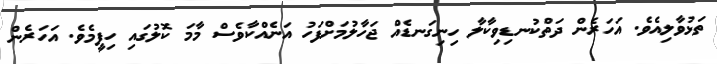
ތަޅުވާލިއެވެ. އަހަރެން ދަތްކުނޑިވިކާލާ ހިނިގަނޑެއް ޖަހާލުމަށްފަހު އަނެއްކާވެސް މާމަ ކޮލުގައި ހިފީމެވެ. އަހަރެން